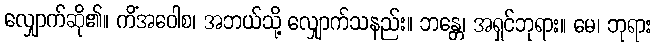
လျှောက်ဆို၏။ ကိံအဝေါစ၊ အဘယ်သို့ လျှောက်သနည်း။ ဘန္တေ၊ အရှင်ဘုရား။ မေ၊ ဘုရား